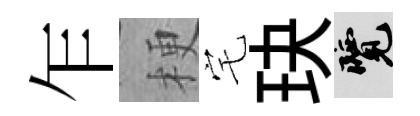
乍梗宅玦覽